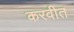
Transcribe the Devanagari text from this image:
करवीत